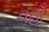
વહાઁ